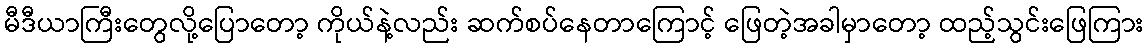
မီဒီယာကြီးတွေလို့ပြောတော့ ကိုယ်နဲ့လည်း ဆက်စပ်နေတာကြောင့် ဖြေတဲ့အခါမှာတော့ ထည့်သွင်းဖြေကြား